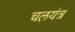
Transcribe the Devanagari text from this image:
चलयंत्र